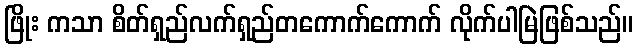
ဖြိုး ကသာ စိတ်ရှည်လက်ရှည်တကောက်ကောက် လိုက်ပါမြဲဖြစ်သည်။